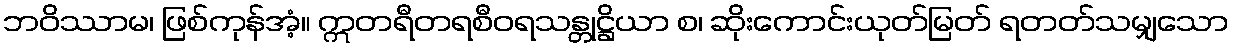
ဘဝိဿာမ၊ ဖြစ်ကုန်အံ့။ ဣတရီတရစီဝရသန္တုဋ္ဌိယာ စ၊ ဆိုးကောင်းယုတ်မြတ် ရတတ်သမျှသော